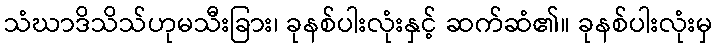
သံဃာဒိသိသ်ဟုမသီးခြား၊ ခုနစ်ပါးလုံးနှင့် ဆက်ဆံ၏။ ခုနစ်ပါးလုံးမှ